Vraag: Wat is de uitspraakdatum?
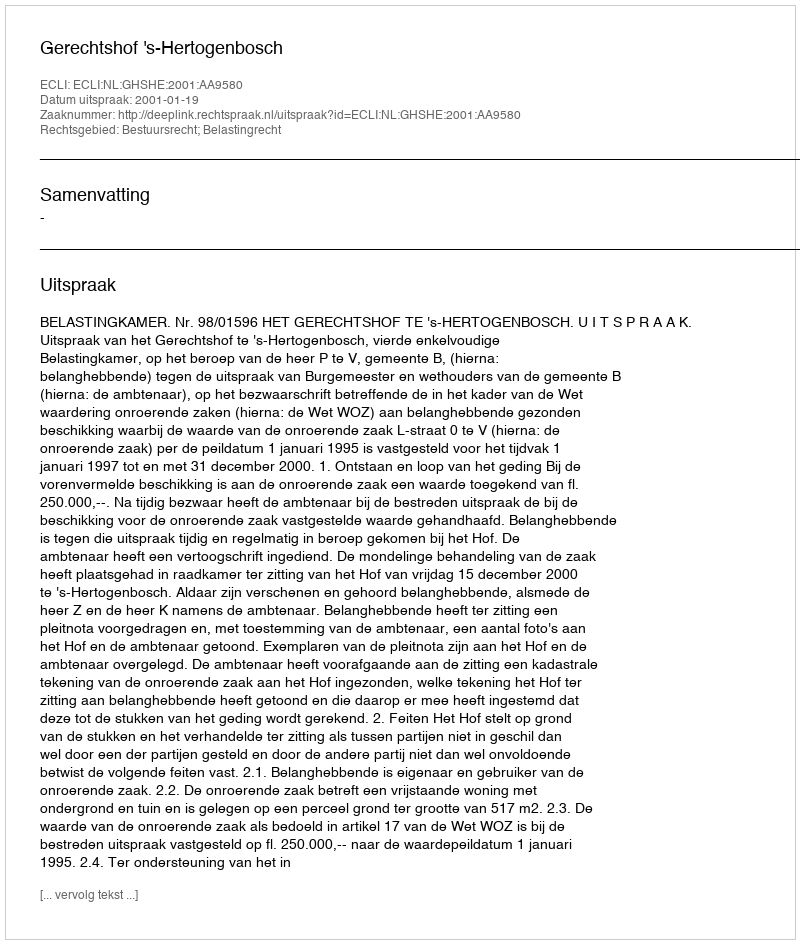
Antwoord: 2001-01-19